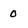
Character: 0